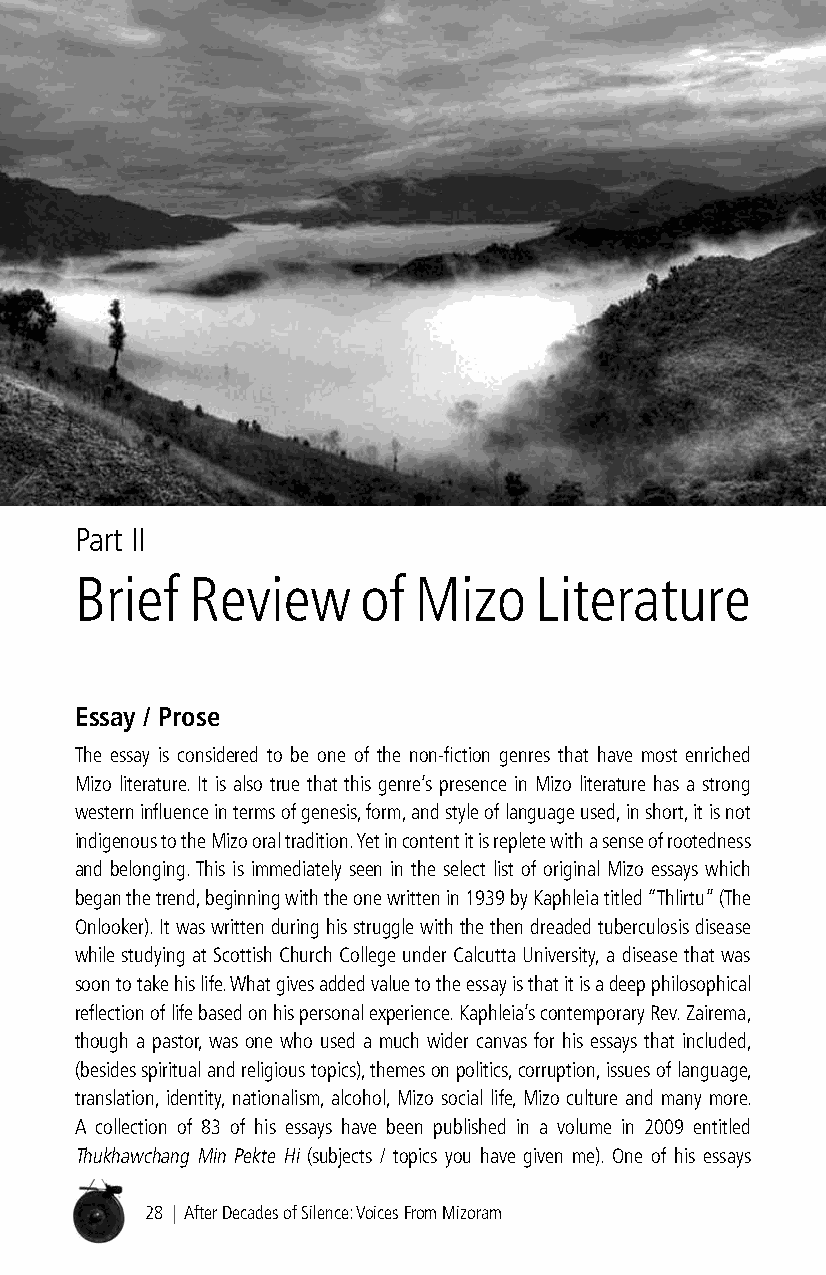
Part II
 Brief  Review      of Mizo    Literature
 essay / Prose
 The essay is considered to be one of the non-fiction genres that have most enriched
 Mizo literature. It is also true that this genre’s presence in Mizo literature has a strong
 western influence in terms of genesis, form, and style of language used, in short, it is not
 indigenous to the Mizo oral tradition. Yet in content it is replete with a sense of rootedness
 and belonging. This is immediately seen in the select list of original Mizo essays which
 began the trend, beginning with the one written in 1939 by Kaphleia titled “Thlirtu” (The
 Onlooker). It was written during his struggle with the then dreaded tuberculosis disease
 while studying at Scottish Church College under Calcutta University, a disease that was
 soon to take his life. What gives added value to the essay is that it is a deep philosophical
 reflection of life based on his personal experience. Kaphleia’s contemporary Rev. Zairema,
 though a pastor, was one who used a much wider canvas for his essays that included,
 (besides spiritual and religious topics), themes on politics, corruption, issues of language,
 translation, identity, nationalism, alcohol, Mizo social life, Mizo culture and many more.
 A collection of 83 of his essays have been published in a volume in 2009 entitled
 Thukhawchang Min Pekte Hi (subjects / topics you have given me). One of his essays
 28 | After Decades of Silence: Voices From Mizoram